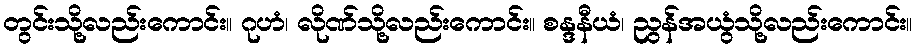
တွင်းသို့လည်းကောင်း။ ဂုဟံ၊ လိုဏ်သို့လည်းကောင်း။ စန္ဒနီယံ၊ ညွန်အယွံသို့လည်းကောင်း။